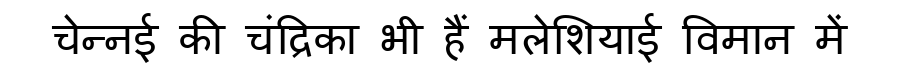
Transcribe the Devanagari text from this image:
चेन्नई की चंद्रिका भी हैं मलेशियाई विमान में